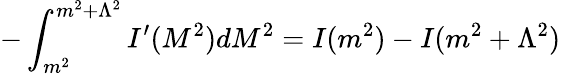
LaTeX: -\int_{m^{2}}^{m^{2}+\Lambda^{2}}I^{\prime}(M^{2})dM^{2}=I(m^{2})-I(m^{2}+\Lambda^{2})